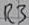
Text: R3